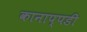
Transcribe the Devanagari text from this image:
कानाप्पडी